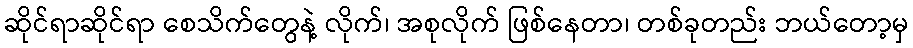
ဆိုင်ရာဆိုင်ရာ စေသိက်တွေနဲ့ လိုက်၊ အစုလိုက် ဖြစ်နေတာ၊ တစ်ခုတည်း ဘယ်တော့မှ